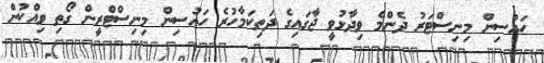
ހައުސިން މިނިސްޓަރު ދެންމެ ވިދާޅުވީ ޖާގައިގެ ދަތިކަމާހުރެ ހައުސިން މިނިސްޓްރީން ގޯތި ވިއްކުން